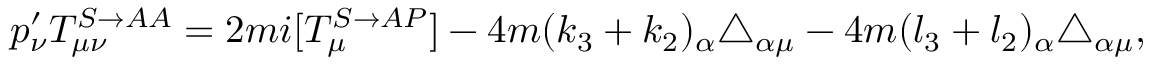
p _ { \nu } ^ { \prime } T _ { \mu \nu } ^ { S \rightarrow A A } = 2 m i [ T _ { \mu } ^ { S \rightarrow A P } ] - 4 m ( k _ { 3 } + k _ { 2 } ) _ { \alpha } \triangle _ { \alpha \mu } - 4 m ( l _ { 3 } + l _ { 2 } ) _ { \alpha } \triangle _ { \alpha \mu } ,